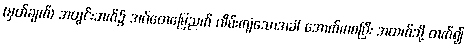
(မှတ်ချက်) အတွင်းဘက်၌ အင်္ဂတေမြေညက် လိမ်းကျံသောအခါ အောက်ကစပြီး အထက်သို့ တက်၍